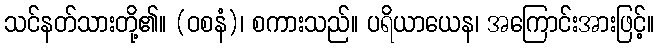
သင်နတ်သားတို့၏။ (ဝစနံ)၊ စကားသည်။ ပရိယာယေန၊ အကြောင်းအားဖြင့်။